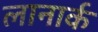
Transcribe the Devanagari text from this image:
लानार्क